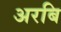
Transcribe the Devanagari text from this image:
अरबि